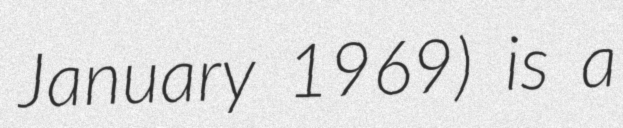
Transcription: January 1969) is a